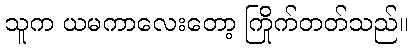
သူက ယမကာလေးတော့ ကြိုက်တတ်သည်။